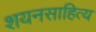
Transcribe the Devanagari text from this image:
शयनसाहित्य